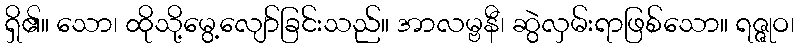
ရှိ၏။ သော၊ ထိုသို့မွေ့လျော်ခြင်းသည်။ အာလမ္ဗနီ၊ ဆွဲလှမ်းရာဖြစ်သော။ ရဇ္ဇုဝ၊